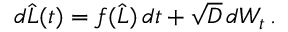
d \widehat { L } ( t ) = f ( \widehat { L } ) \, d t + \sqrt { D } \, d W _ { t } \, .